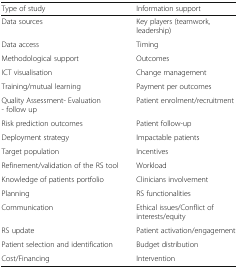
| Type of study | Information support |
 | --- | --- |
 | Data sources | Key players (teamwork, leadership) |
 | Data access | Timing |
 | Methodological support | Outcomes |
 | ICT visualisation | Change management |
 | Training/mutual learning | Payment per outcomes |
 | Quality Assessment- Evaluation - follow up | Patient enrolment/recruitment |
 | Risk prediction outcomes | Patient follow-up |
 | Deployment strategy | Impactable patients |
 | Target population | Incentives |
 | Refinement/validation of the RS tool | Workload |
 | Knowledge of patients portfolio | Clinicians involvement |
 | Planning | RS functionalities |
 | Communication | Ethical issues/Conflict of interests/equity |
 | RS update | Patient activation/engagement |
 | Patient selection and identification | Budget distribution |
 | Cost/Financing | Intervention |